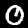
Label: 0